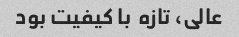
عالی، تازه ‌ با کیفیت بود